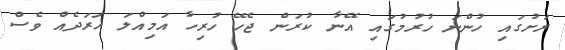
ރަށުގައި ހުންނަ ހުރުމުގައި އޭނާ ކުރަން ޖެހޭ ހުރިހާ އަމިއްލަ ޚަރަދެއް ވެސް